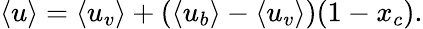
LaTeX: \left<u\right>=\left<{u_{v}}\right>+\left(\left<{u_{b}}\right>-\left<{u_{v}}\right>\right)(1-x_{c}).